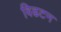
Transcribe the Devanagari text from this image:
विढटन